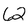
Character: 2